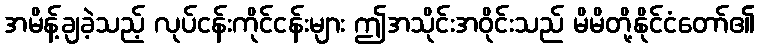
အမိန့်ချခဲ့သည့် လုပ်ငန်းကိုင်ငန်းများ ဤအသိုင်းအဝိုင်းသည် မိမိတို့နိုင်ငံတော်၏